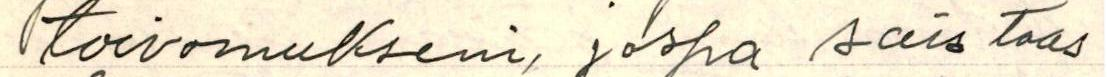
toivomukseni, jospa sais taas